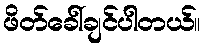
ဖိတ်ခေါ်ချင်ပါတယ်။